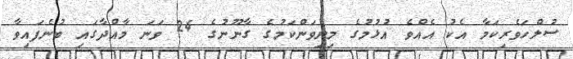
ސުލްހަވެރިކަމާ އެކު އެއްވެ އުޅުމުގެ މިނިވަންކަމުގެ ގާނޫނުގެ 24 ވަނަ މާއްދާގައި ބުނެފައިވާ